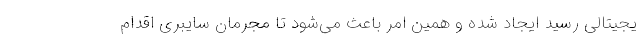
یجیتالی رسید ایجاد شده و همین امر باعث می‌شود تا مجرمان سایبری اقدام